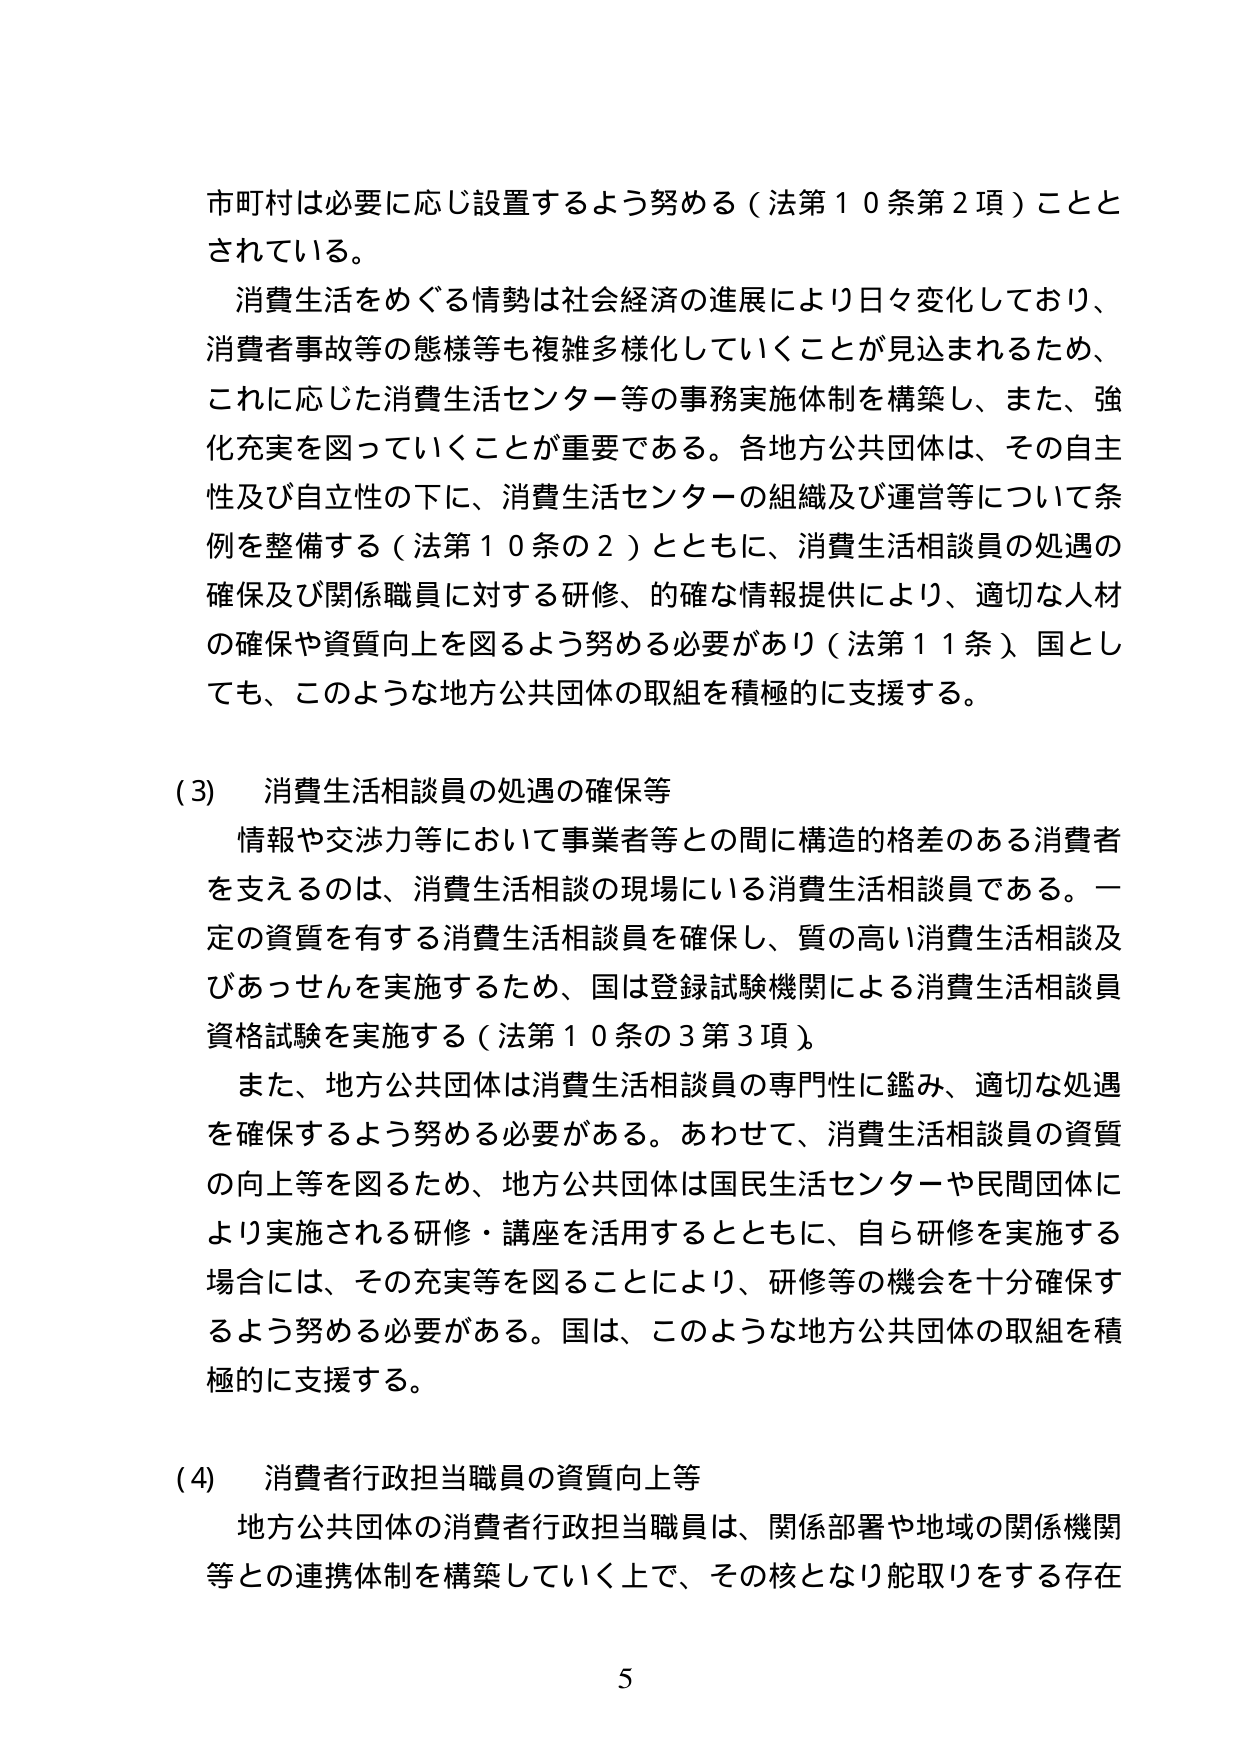
市町村は必要に応じ設置するよう努める（法第10条第2項）こととされている。

消費生活をめぐる情勢は社会経済の進展により日々変化しており、消費者事故等の態様等も複雑多様化していくことが見込まれるため、これに応じた消費生活センター等の事務実施体制を構築し、また、強化充実を図っていくことが重要である。各地方公共団体は、その自主性及び自立性の下に、消費生活センターの組織及び運営等について条例を整備する（法第10条の2）とともに、消費生活相談員の処遇の確保及び関係職員に対する研修、的確な情報提供により、適切な人材の確保や資質向上を図るよう努める必要があり（法第11条）、国としても、このような地方公共団体の取組を積極的に支援する。

(3) 消費生活相談員の処遇の確保等

情報や交渉力等において事業者等との間に構造的格差のある消費者を支えるのは、消費生活相談の現場にいる消費生活相談員である。一定の資質を有する消費生活相談員を確保し、質の高い消費生活相談及びあっせんを実施するため、国は登録試験機関による消費生活相談員資格試験を実施する（法第10条の3第3項）。

また、地方公共団体は消費生活相談員の専門性に鑑み、適切な処遇を確保するよう努める必要がある。あわせて、消費生活相談員の資質の向上等を図るため、地方公共団体は国民生活センターや民間団体により実施される研修・講座を活用するとともに、自ら研修を実施する場合には、その充実等を図ることにより、研修等の機会を十分確保するよう努める必要がある。国は、このような地方公共団体の取組を積極的に支援する。

(4) 消費者行政担当職員の資質向上等

地方公共団体の消費者行政担当職員は、関係部署や地域の関係機関等との連携体制を構築していく上で、その核となり舵取りをする存在

5